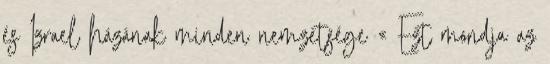
és Izrael házának minden nemzetsége « Ezt mondja az